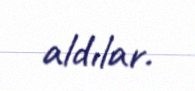
aldılar.